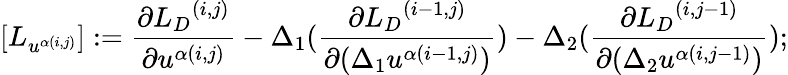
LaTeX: [{L}_{u^{\alpha(i,j)}}]:=\frac{\partial{{L}_{D}}^{(i,j)}}{\partial u^{\alpha(i,j)}}-\Delta_{1}(\frac{\partial{{L}_{D}}^{(i-1,j)}}{\partial(\Delta_{1}u^{\alpha(i-1,j)})})-\Delta_{2}(\frac{\partial{{L}_{D}}^{(i,j-1)}}{\partial(\Delta_{2}u^{\alpha(i,j-1)})});